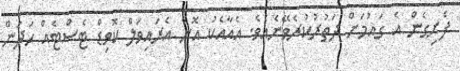
ފެށިގެން އެ ގައުމަށް ދަތުރުކުރެވޭނެއެވެ. އެއާއެކު އޮން އެރައިވަލް ކޮވިޑް ޓެސްޓެއް ހަދަން